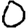
Digit: 0